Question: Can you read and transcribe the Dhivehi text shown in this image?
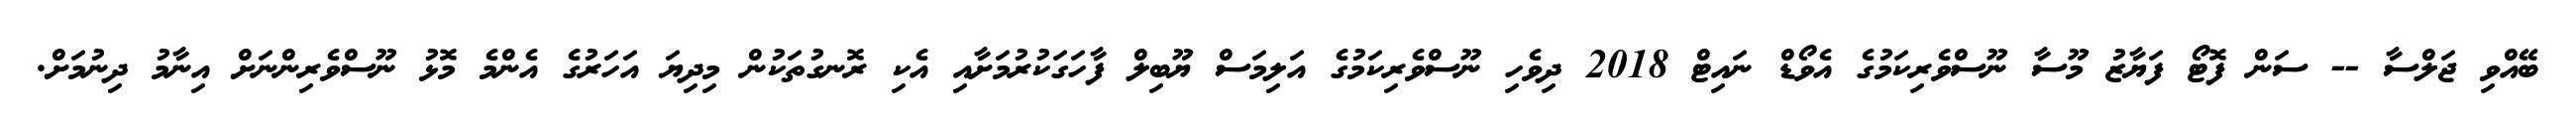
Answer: ބޭއްވި ޖަލްސާ -- ސަން ފޮޓޯ ފަޔާޒު މޫސާ ނޫސްވެރިކަމުގެ އެވޯޑް ނައިޓް 2018 ދިވެހި ނޫސްވެރިކަމުގެ އަލިމަސް ޔޫބިލް ފާހަގަކުރުމަށާއި އެކި ރޮނގުތަކުން މިދިޔަ އަހަރުގެ އެންމެ މޮޅު ނޫސްވެރިންނަށް އިނާމު ދިނުމަށް.